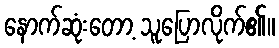
နောက်ဆုံးတော့ သူပြောလိုက်၏။